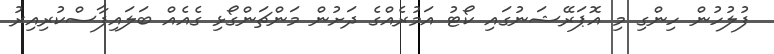
ފުލުހުން ހިންގި މި އޮޕަރޭޝަނުގައި ކޯޓު އަމުރެއްގެ ދަށުން މަންޗަންގޯޅި ގެއެއް ބަލައިފާސްކުރިއިރު